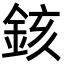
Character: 䤤